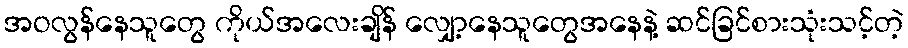
အဝလွန်နေသူတွေ ကိုယ်အလေးချိန် လျှော့နေသူတွေအနေနဲ့ ဆင်ခြင်စားသုံးသင့်တဲ့